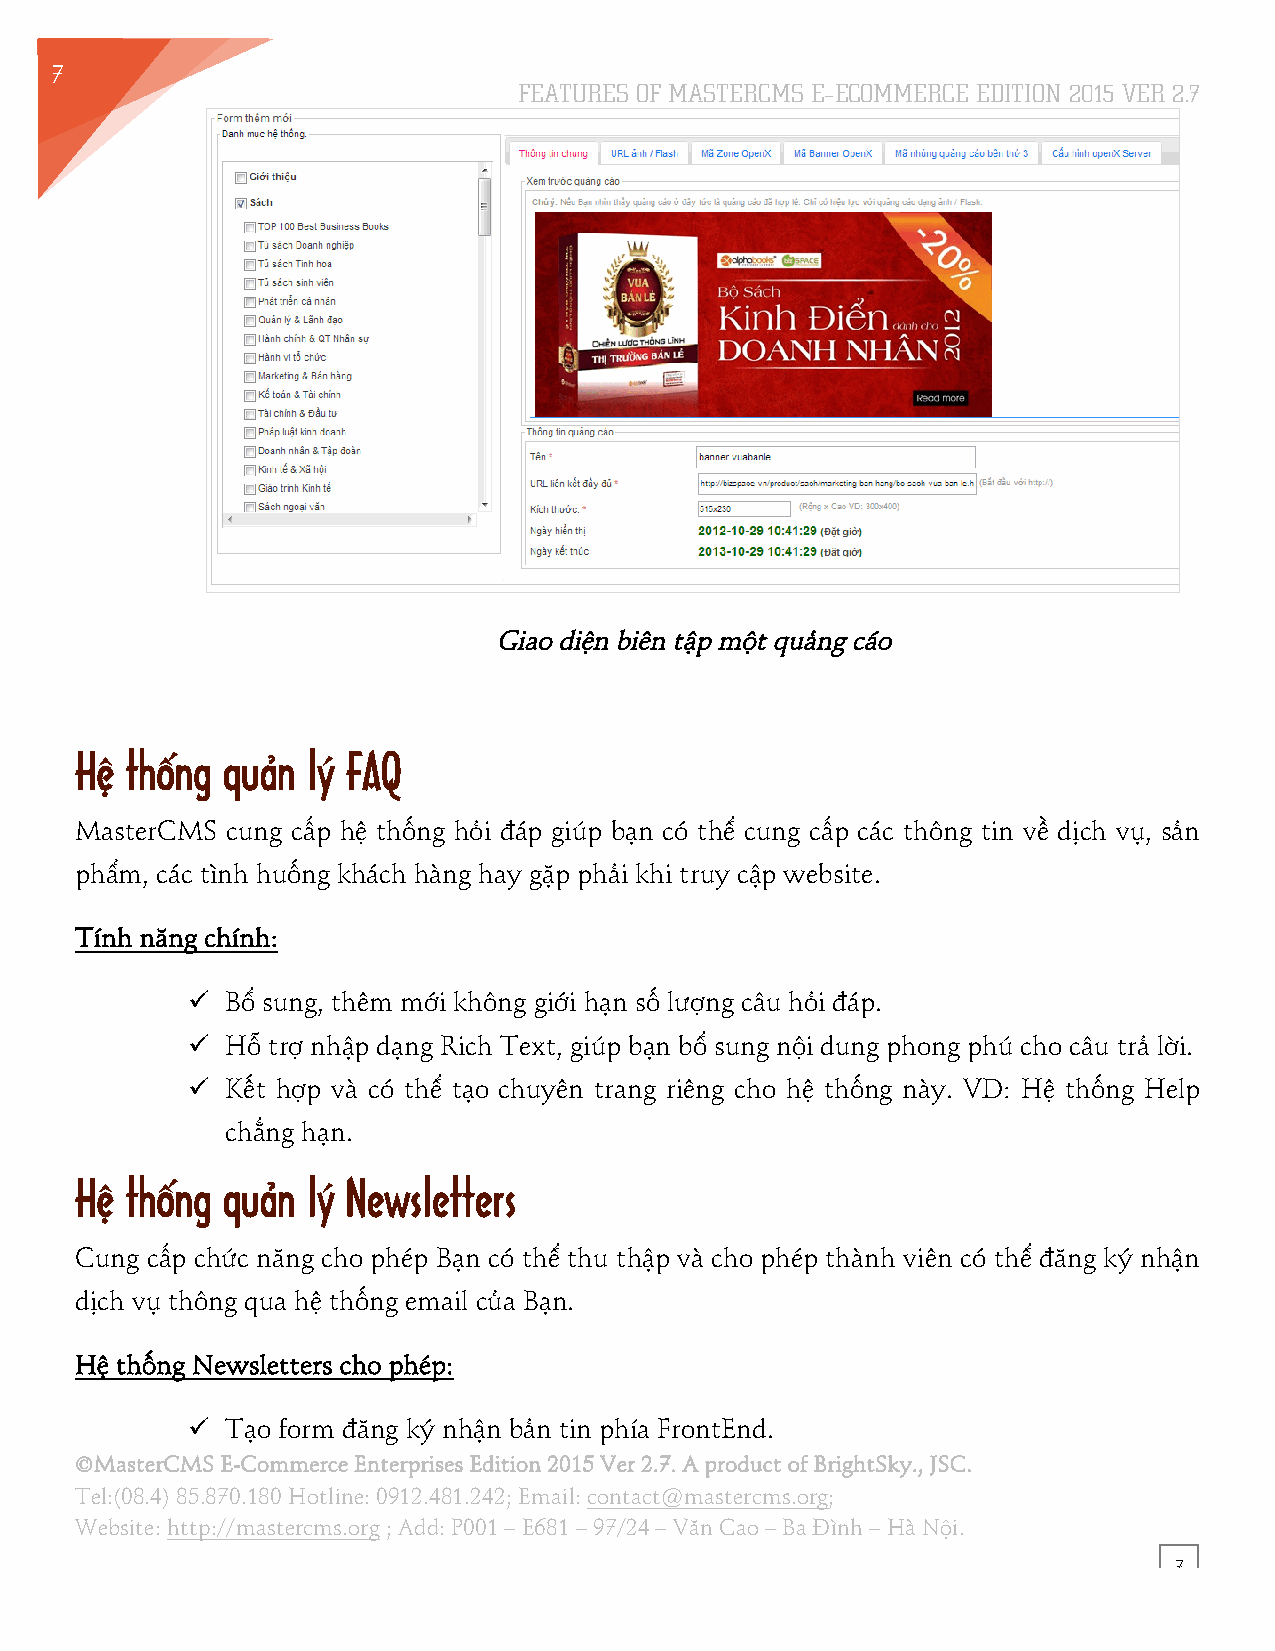
7
 FEATURES OF MASTERCMS E–ECOMMERCE EDITION 2015 VER 2.7
 7
 Giao diện biên tập một quảng cáo
 Hệ thống  quản lý FAQ
 MasterCMS cung cấp hệ thống hỏi đáp giúp bạn có thể cung cấp các thông tin về dịch vụ, sản
 phẩm, các tình huống khách hàng hay gặp phải khi truy cập website.
 Tính năng chính:
 !! Bổ sung, thêm mới không giới hạn số lượng câu hỏi đáp.
 !! Hỗ trợ nhập dạng Rich Text, giúp bạn bổ sung nội dung phong phú cho câu trả lời.
 !! Kết hợp và có thể tạo chuyên trang riêng cho hệ thống này. VD: Hệ thống Help
 chẳng hạn.
 Hệ thống  quản lý Newsletters
 Cung cấp chức năng cho phép Bạn có thể thu thập và cho phép thành viên có thể đăng ký nhận
 dịch vụ thông qua hệ thống email của Bạn.
 Hệ thống Newsletters cho phép:
 !! Tạo form đăng ký nhận bản tin phía FrontEnd.
 ©MasterCMS E-Commerce Enterprises Edition 2015 Ver 2.7. A product of BrightSky., JSC.
 Tel:(08.4) 85.870.180 Hotline: 0912.481.242; Email: contact@mastercms.org;
 Website: http://mastercms.org ; Add: P001 – E681 – 97/24 – Văn Cao – Ba Đình – Hà Nội.
 7